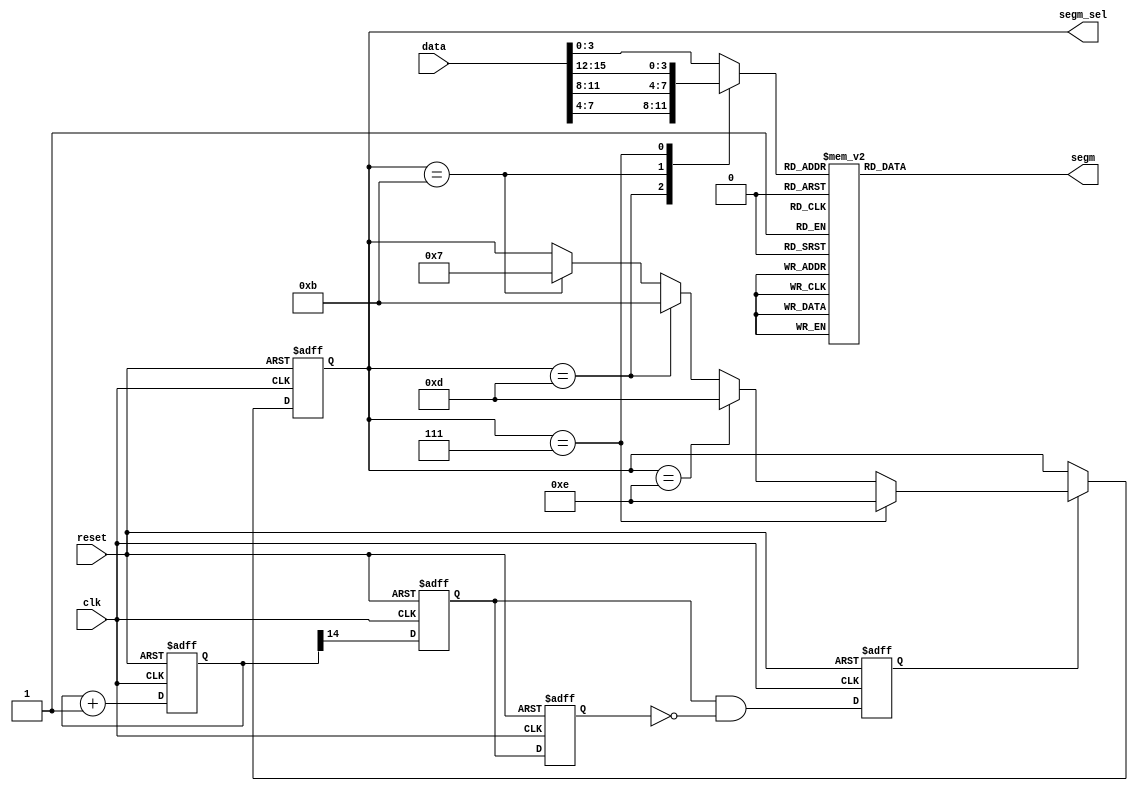
module seven_seg
(
	clk,		// assuming 10MHz clock
	reset,		// asynchronous reset
	data,		// 16-bit data to display
	segm,		// bits 0-6 = A-G, bit 7 = dot
	segm_sel	// bit 3 = AN0, bit 0 = AN3
);

input			clk;
input			reset;
input	[15:0]	data;
output	[7:0]	segm;
output	[3:0]	segm_sel;

reg		[14:0]	clk_div;		// for 10MHz -> ~0,6kHz clock divider
reg		[3:0]	data_chunk;		// 4-bit portion of 16-bit data
reg		[7:0]	segm;
reg		[3:0]	segm_sel;
reg				r1;				// for pusle generator
reg				r2;				// for pusle generator
reg				clk_div_pulse;	// 1 clock long pusle from clk_div

always @ (posedge clk or posedge reset)
	begin
		if (reset)
			clk_div <= 0;
		else
			clk_div <= clk_div + 1'b1;
	end
//

always @ (posedge clk or posedge reset)
	begin
		if (reset)
			segm_sel <= 4'b1110;
		else
			begin
				if (clk_div_pulse)
					begin
						if (segm_sel == 4'b0111)
							segm_sel <= 4'b1110;
						else if (segm_sel == 4'b1110)
							segm_sel <= 4'b1101;
						else if (segm_sel == 4'b1101)
							segm_sel <= 4'b1011;
						else if (segm_sel == 4'b1011)
							segm_sel <= 4'b0111;
					end
			end
	end
//


// generate pusle from clk_div
always @ (posedge clk or posedge reset)
	begin
		if (reset)
			begin
				r1 <= 0;
				r2 <= 0;
				clk_div_pulse <= 0;
			end
		else
			begin
				r1 <= clk_div[14];
				r2 <= r1;
				clk_div_pulse <= r1 & ~r2;
			end
	end
//

always @ (segm_sel,data)
	begin
		case (segm_sel)
			4'b1110:	data_chunk = data[3:0];
			4'b1101:	data_chunk = data[7:4];
			4'b1011:	data_chunk = data[11:8];
			4'b0111:	data_chunk = data[15:12];
			default:	data_chunk = data[3:0];
		endcase
	end
//

always @ (data_chunk)
	begin
		case (data_chunk)
			//            abc defg dt
			0:	segm = 8'b000_0001_1;
			1:	segm = 8'b100_1111_1;
			2:	segm = 8'b001_0010_1;
			3:	segm = 8'b000_0110_1;
			4:	segm = 8'b100_1100_1;
			5:	segm = 8'b010_0100_1;
			6:	segm = 8'b010_0000_1;
			7:	segm = 8'b000_1111_1;
			8:	segm = 8'b000_0000_1;
			9:	segm = 8'b000_0100_1;
			
			10:	segm = 8'b000_1000_1;	//a
			11:	segm = 8'b110_0000_1;	//b
			12:	segm = 8'b011_0001_1;	//c
			13:	segm = 8'b100_0010_1;	//d
			
			14:	segm = 8'b011_0000_1;	//e
			15:	segm = 8'b011_1000_1;	//f
		endcase
	end
//

endmodule